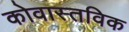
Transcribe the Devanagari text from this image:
कोवास्तविक